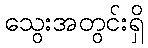
သွေးအတွင်းရှိ